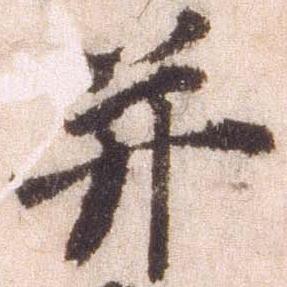
并